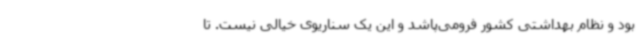
بود و نظام بهداشتی کشور فرومی‌پاشد و این یک سناریوی خیالی نیست. تا